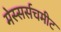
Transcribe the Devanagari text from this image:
मेस्सर्सचमीट